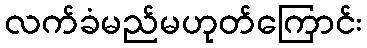
လက်ခံမည်မဟုတ်ကြောင်း